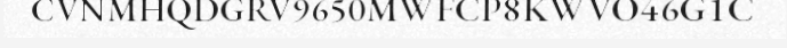
CVNMHQDGRV9650MWFCP8KWVO46G1C